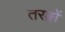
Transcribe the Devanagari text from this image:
तरङ्गों